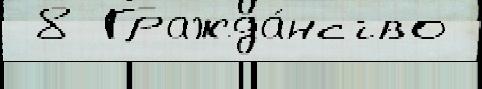
 8 Гражда́нство